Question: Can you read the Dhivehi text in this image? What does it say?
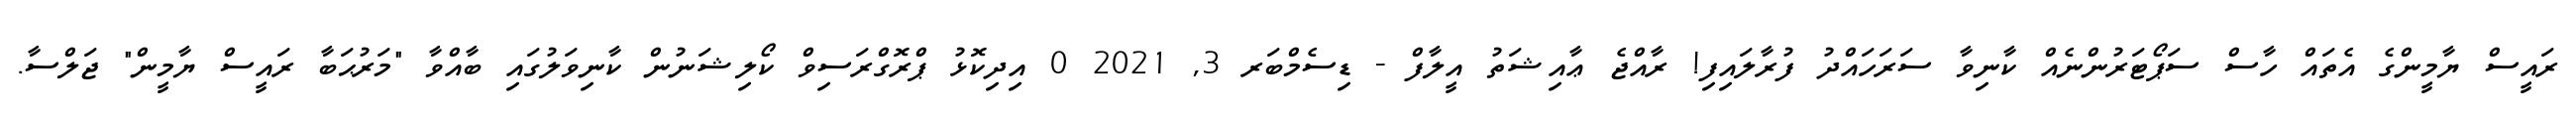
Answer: ރައީސް ޔާމީންގެ އެތައް ހާސް ސަޕޯޓަރުންނެއް ކާނިވާ ސަރަހައްދު ފުރާލައިފި! ރާއްޖެ ޢާއިޝަތު އީލާފް - ޑިސެމްބަރ 3, 2021 0 އިދިކޮޅު ޕްރޮގްރަސިވް ކޯލިޝަނުން ކާނިވަލުގައި ބާއްވާ "މަރުޙަބާ ރައީސް ޔާމީން" ޖަލްސާ.